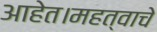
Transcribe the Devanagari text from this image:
आहेत।महत्वाचे